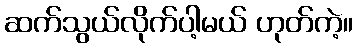
ဆက်သွယ်လိုက်ပါ့မယ် ဟုတ်ကဲ့။